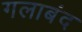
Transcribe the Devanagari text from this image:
गलाबंद